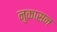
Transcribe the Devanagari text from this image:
नुकासन